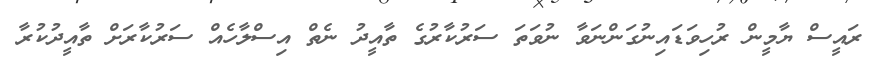
ރައީސް ޔާމީން ރުހިވަޑައިނުގަންނަވާ ނުވަތަ ސަރުކާރުގެ ތާއީދު ނެތް އިސްލާހެއް ސަރުކާރަށް ތާއީދުކުރާ